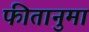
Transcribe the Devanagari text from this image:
फीतानुमा